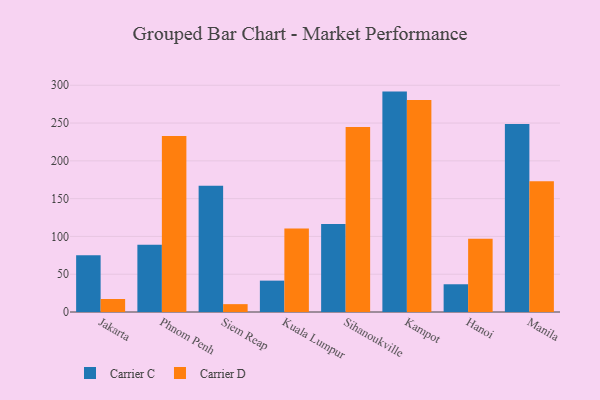
{"axis": {"x": "City", "y": "Energy Usage (MWh)"}, "legend": ["Carrier C", "Carrier D"], "data": [{"x": "Jakarta", "y": 75.0, "type": "Carrier C"}, {"x": "Jakarta", "y": 17.2, "type": "Carrier D"}, {"x": "Phnom Penh", "y": 89.1, "type": "Carrier C"}, {"x": "Phnom Penh", "y": 233.0, "type": "Carrier D"}, {"x": "Siem Reap", "y": 167.2, "type": "Carrier C"}, {"x": "Siem Reap", "y": 10.4, "type": "Carrier D"}, {"x": "Kuala Lumpur", "y": 41.5, "type": "Carrier C"}, {"x": "Kuala Lumpur", "y": 110.4, "type": "Carrier D"}, {"x": "Sihanoukville", "y": 116.4, "type": "Carrier C"}, {"x": "Sihanoukville", "y": 244.6, "type": "Carrier D"}, {"x": "Kampot", "y": 291.6, "type": "Carrier C"}, {"x": "Kampot", "y": 280.5, "type": "Carrier D"}, {"x": "Hanoi", "y": 36.7, "type": "Carrier C"}, {"x": "Hanoi", "y": 96.8, "type": "Carrier D"}, {"x": "Manila", "y": 248.8, "type": "Carrier C"}, {"x": "Manila", "y": 173.1, "type": "Carrier D"}]}